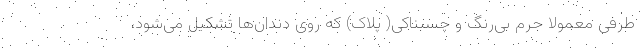
طرفی معمولا جرم بی‌رنگ و چسبناکی( پلاک) که روی دندان‌ها تشکیل می‌شود،